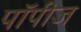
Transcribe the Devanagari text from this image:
पॉपीज